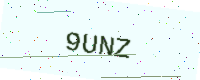
Text: 9UNZ